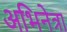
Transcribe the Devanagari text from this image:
अभिनेत्रा